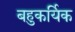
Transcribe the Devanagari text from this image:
बहुकर्यिक